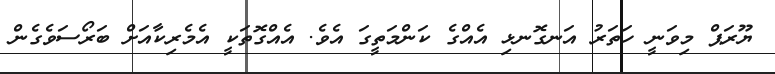
ޔޫރަޕް މިވަނީ ހަތަރު އަނގޮނޅި އެއްގެ ކަންމަތީގަ އެވެ. އެއްގޮތަކީ އެމެރިކާއަށް ބަރޯސަވެގެން